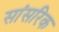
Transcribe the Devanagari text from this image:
सांसरिक